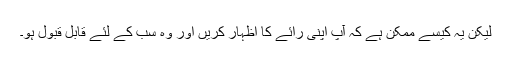
لیکن یہ کیسے ممکن ہے کہ آپ اپنی رائے کا اظہار کریں اور وہ سب کے لئے قابلِ قبول ہو۔